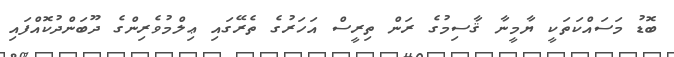
ބޮޑު މަސައްކަތަކީ ޔާމީނާ ޤާސިމުގެ ރަން ތިރީސް އަހަރުގެ ތެރޭގައި ޢިލްމުވެރިންގެ ދޫބަންދުކޮއްފައި